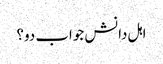
اہل دانش جواب دو؟